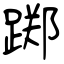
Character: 踯